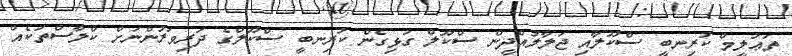
ތަޢުލީމް ކުރިނބީ ސްކޫލާއި ޖަލާލުއްދީން ސްކޫލް ގުޅިގެން ކުރިނބީ ސްކޫލްގެ ދަރިވަރުންނަށް ކްލާސްތަކެއް